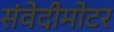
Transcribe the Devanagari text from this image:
संवेदीमोटर